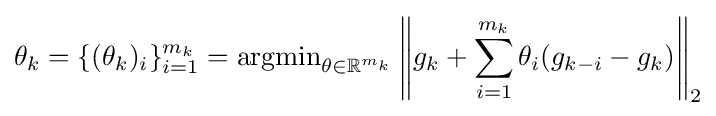
\theta _{k}=\{(\theta _{k})_{i}\}_{i=1}^{m_{k}}=\operatorname {argmin} _{\theta \in \mathbb {R} ^{m_{k}}}\left\|g_{k}+\sum _{i=1}^{m_{k}}\theta _{i}(g_{k-i}-g_{k})\right\|_{2}